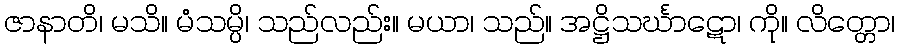
ဇာနာတိ၊ မသိ။ မံသမ္ပိ၊ သည်လည်း။ မယာ၊ သည်။ အဋ္ဌိသင်္ဃာဋော၊ ကို။ လိတ္တော၊